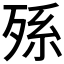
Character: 𣨒